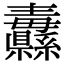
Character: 纛